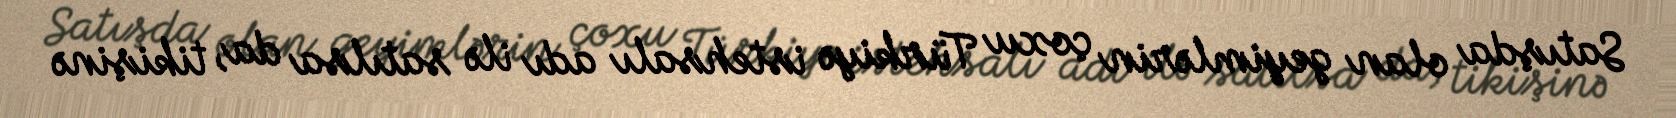
Satışda olan geyimlərin çoxu Türkiyə istehsalı adı ilə satılsa da, tikişinə